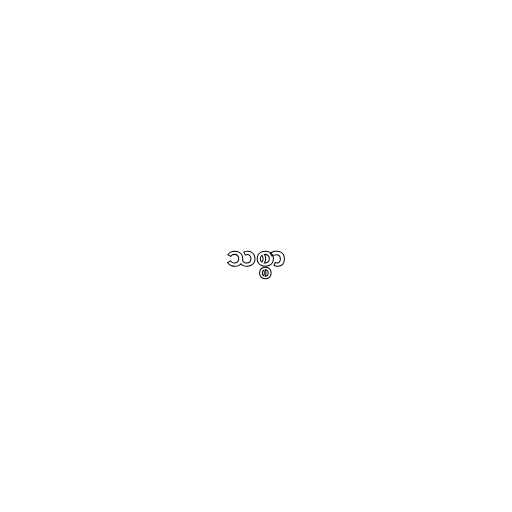
သစ္စာ